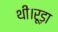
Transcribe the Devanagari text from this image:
थी।रूड़ा